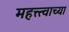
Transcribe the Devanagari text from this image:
महत्त्त्वाच्या